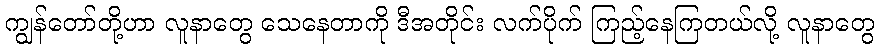
ကျွန်တော်တို့ဟာ လူနာတွေ သေနေတာကို ဒီအတိုင်း လက်ပိုက် ကြည့်နေကြတယ်လို့ လူနာတွေ